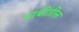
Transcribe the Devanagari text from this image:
डाबीतील